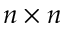
n \times n